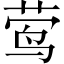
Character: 莺